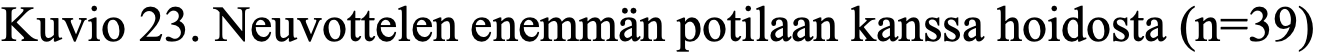
Kuvio 23. Neuvottelen enemmän potilaan kanssa hoidosta (n=39)